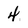
Character: 4